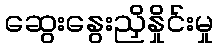
ဆွေးနွေးညှိနှိုင်းမှု